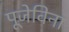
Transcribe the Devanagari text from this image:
पूजेविना